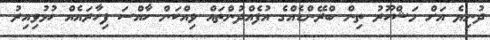
ދުނިޔެ އަށް މަޝްހޫރު ތިން ބްރޭންޑެއްގެ އުފެއްދުންތައް ވިއްކަން ހާއްސަ ފިހާރައެއް ހުޅުވިއިރު